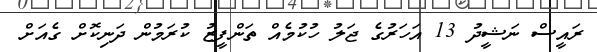
ރައީސް ނަޝީދު 13 އަހަރުގެ ޖަލު ހުކުމެއް ތަންފީޒު ކުރަމުން ދަނިކޮށް ގެއަށް